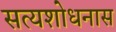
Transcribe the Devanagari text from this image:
सत्यशोधनास